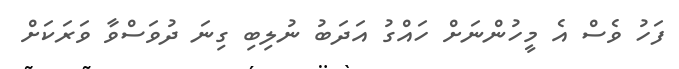
ފަހު ވެސް އެ މީހުންނަށް ހައްގު އަދަބު ނުލިބި ގިނަ ދުވަސްވާ ވަރަކަށް